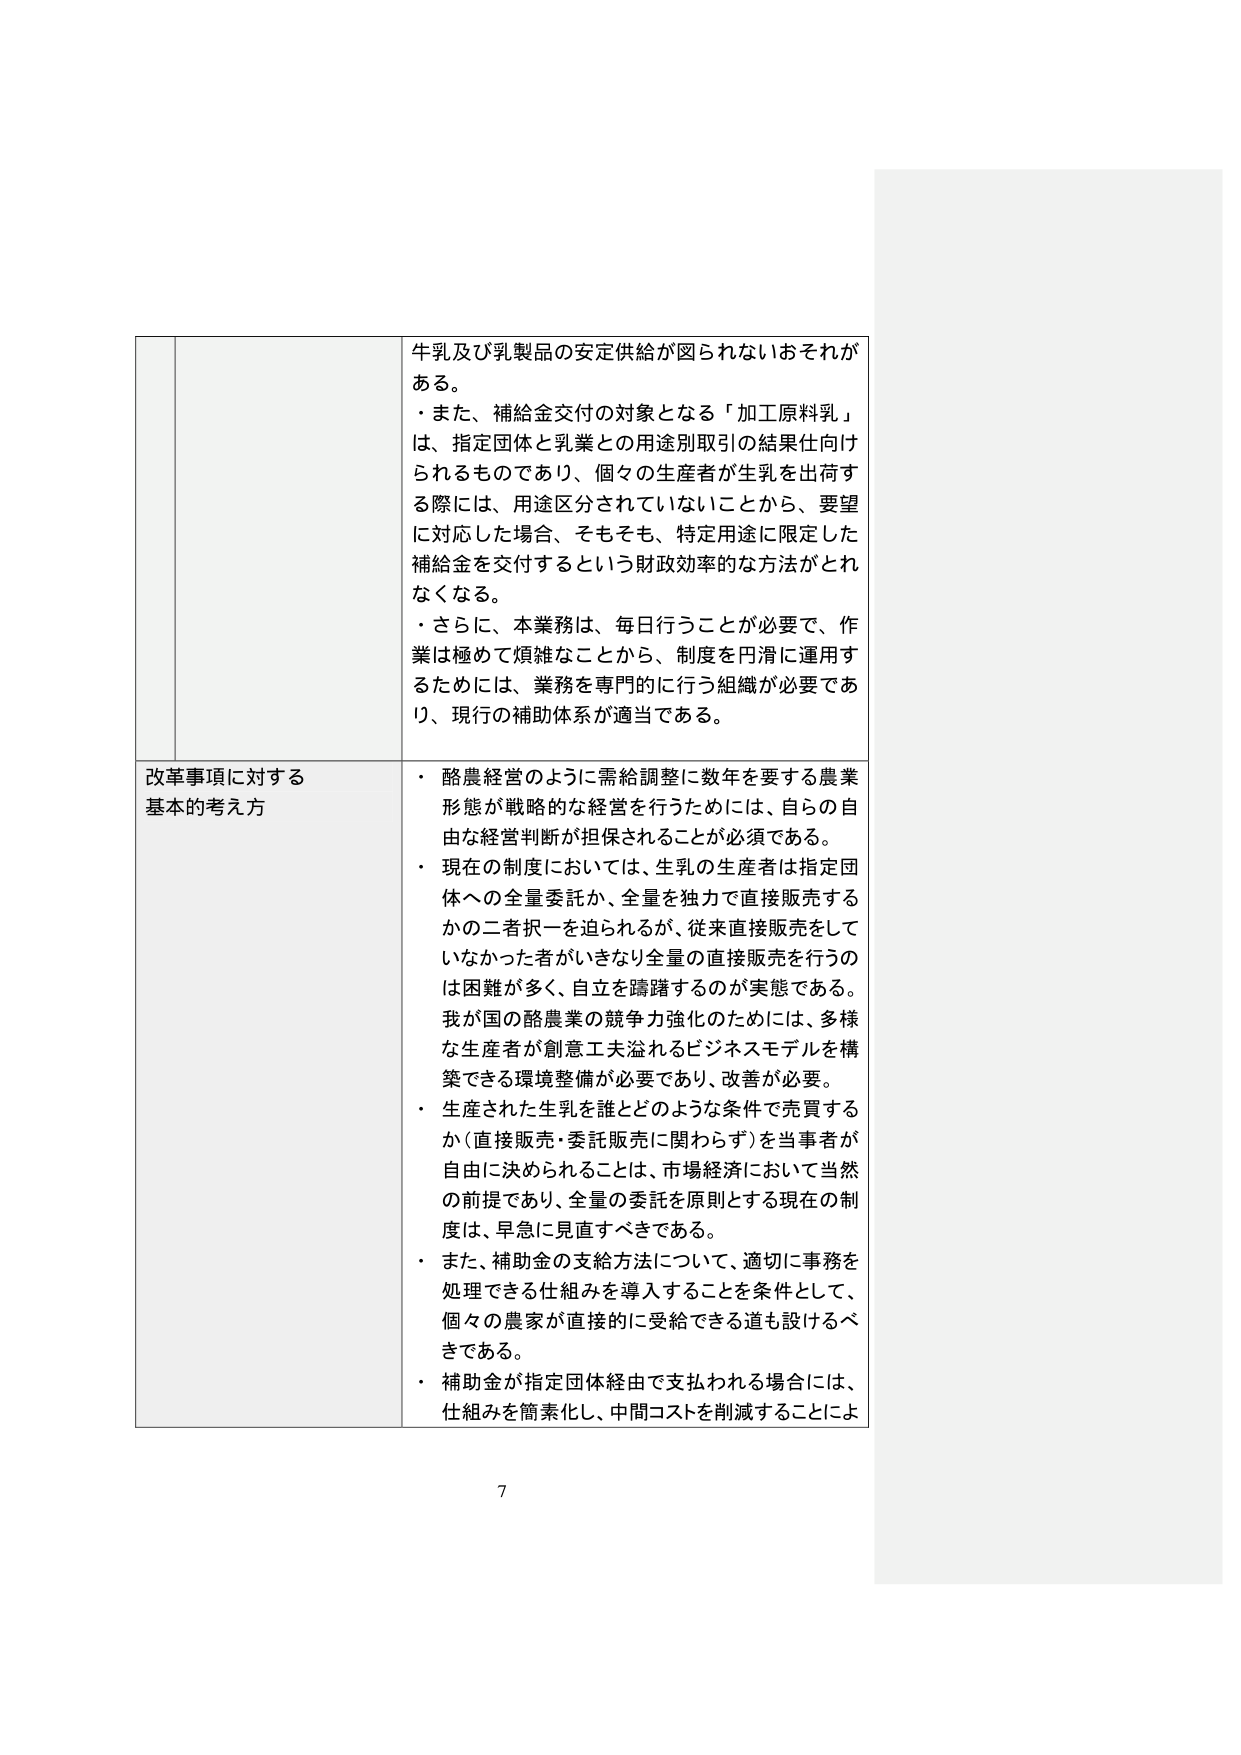
牛乳及び乳製品の安定供給が図られないおそれがある。
・また、補給金交付の対象となる「加工原料乳」は、指定団体と乳業との用途別取引の結果仕向けられるものであり、個々の生産者が生乳を出荷する際には、用途区分されていないことから、要望に対応した場合、そもそも、特定用途に限定した補給金を交付するという財政効率的な方法がとれなくなる。
・さらに、本業務は、毎日行うことが必要で、作業は極めて煩雑なことから、制度を円滑に運用するためには、業務を専門的に行う組織が必要であり、現行の補助体系が適当である。

改革事項に対する基本的考え方
・酪農経営のように需給調整に数年を要する農業形態が戦略的な経営を行うためには、自らの自由な経営判断が担保されることが必須である。
・現在の制度においては、生乳の生産者は指定団体への全量委託か、全量を独力で直接販売するかの二者択一を迫られるが、従来直接販売をしていなかった者がいきなり全量の直接販売を行うのは困難が多く、自立を躊躇するのが実態である。我が国の酪農業の競争力強化のためには、多様な生産者が創意工夫溢れるビジネスモデルを構築できる環境整備が必要であり、改善が必要。
・生産された生乳を誰とどのような条件で売買するか（直接販売・委託販売に関わらず）を当事者が自由に決められることは、市場経済において当然の前提であり、全量の委託を原則とする現在の制度は、早急に見直すべきである。
・また、補助金の支給方法について、適切に事務を処理できる仕組みを導入することを条件として、個々の農家が直接的に受給できる道も設けるべきである。
・補助金が指定団体経由で支払われる場合には、仕組みを簡素化し、中間コストを削減することによ

7